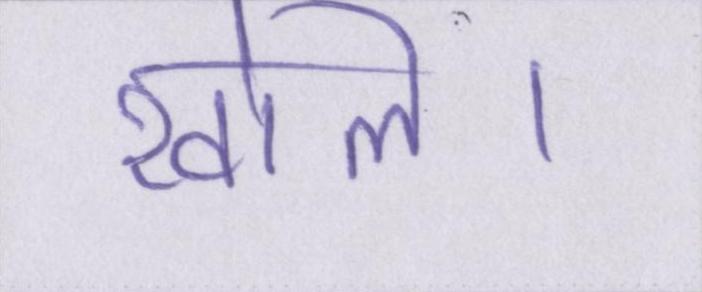
खोले।